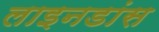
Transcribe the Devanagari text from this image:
लाइनडांस